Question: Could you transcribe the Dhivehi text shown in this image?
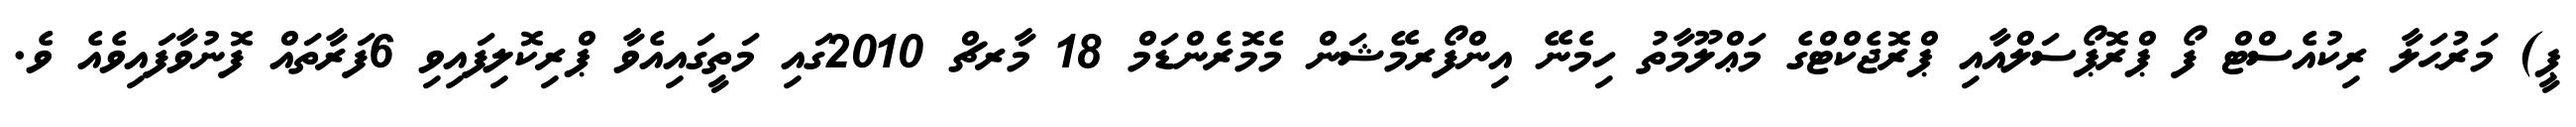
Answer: ޕީ) މަރުޙަލާ ރިކުއެސްޓް ފޯ ޕްރޮޕޯސަލްއާއި ޕްރޮޖެކްޓްގެ މަޢްލޫމާތު ހިމެނޭ އިންފޯރމޭޝަން މެމޮރެންޑަމް 18 މާރޗް 2010ގައި މަތީގައިއެވާ ޕްރިކޮލިފައިވި 6ފަރާތައް ފޮނުވާފައިވެއެ ވެ.